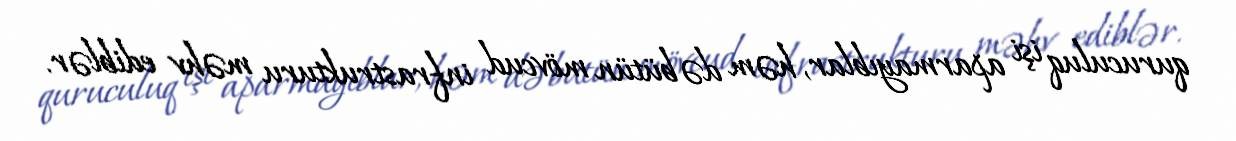
quruculuq işi aparmayıblar, həm də bütün mövcud infrastrukturu məhv ediblər.